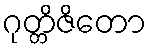
ဂုတ္တိဇိတော